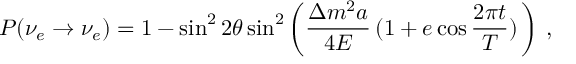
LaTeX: P ( \nu _ { e } \to \nu _ { e } ) = 1 - \sin ^ { 2 } 2 \theta \sin ^ { 2 } \left( \frac { \Delta m ^ { 2 } a } { 4 E } \, ( 1 + e \cos \frac { 2 \pi t } { T } ) \, \right) \, ,